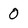
Character: 0